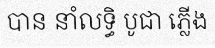
បាន នាំលទ្ធិ បូជា ភ្លើង